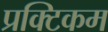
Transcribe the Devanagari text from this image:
प्रक्टिकम